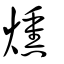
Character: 燻